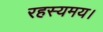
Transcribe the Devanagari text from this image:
रहस्यमय।